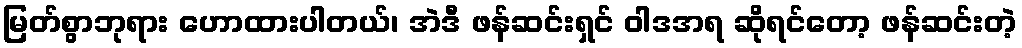
မြတ်စွာဘုရား ဟောထားပါတယ်၊ အဲဒီ ဖန်ဆင်းရှင် ဝါဒအရ ဆိုရင်တော့ ဖန်ဆင်းတဲ့